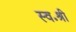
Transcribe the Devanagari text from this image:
स्व॰श्री